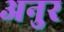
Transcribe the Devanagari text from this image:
अनुर